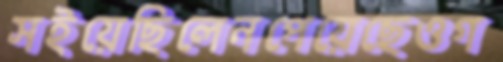
সইয়েছিলেনপেয়েছেওগ